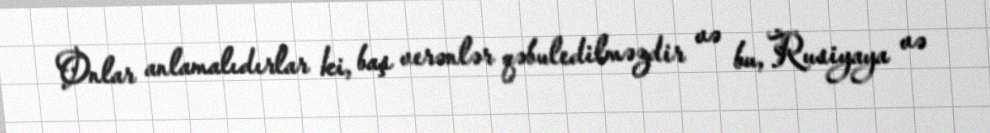
Onlar anlamalıdırlar ki, baş verənlər qəbuledilməzdir və bu, Rusiyaya və